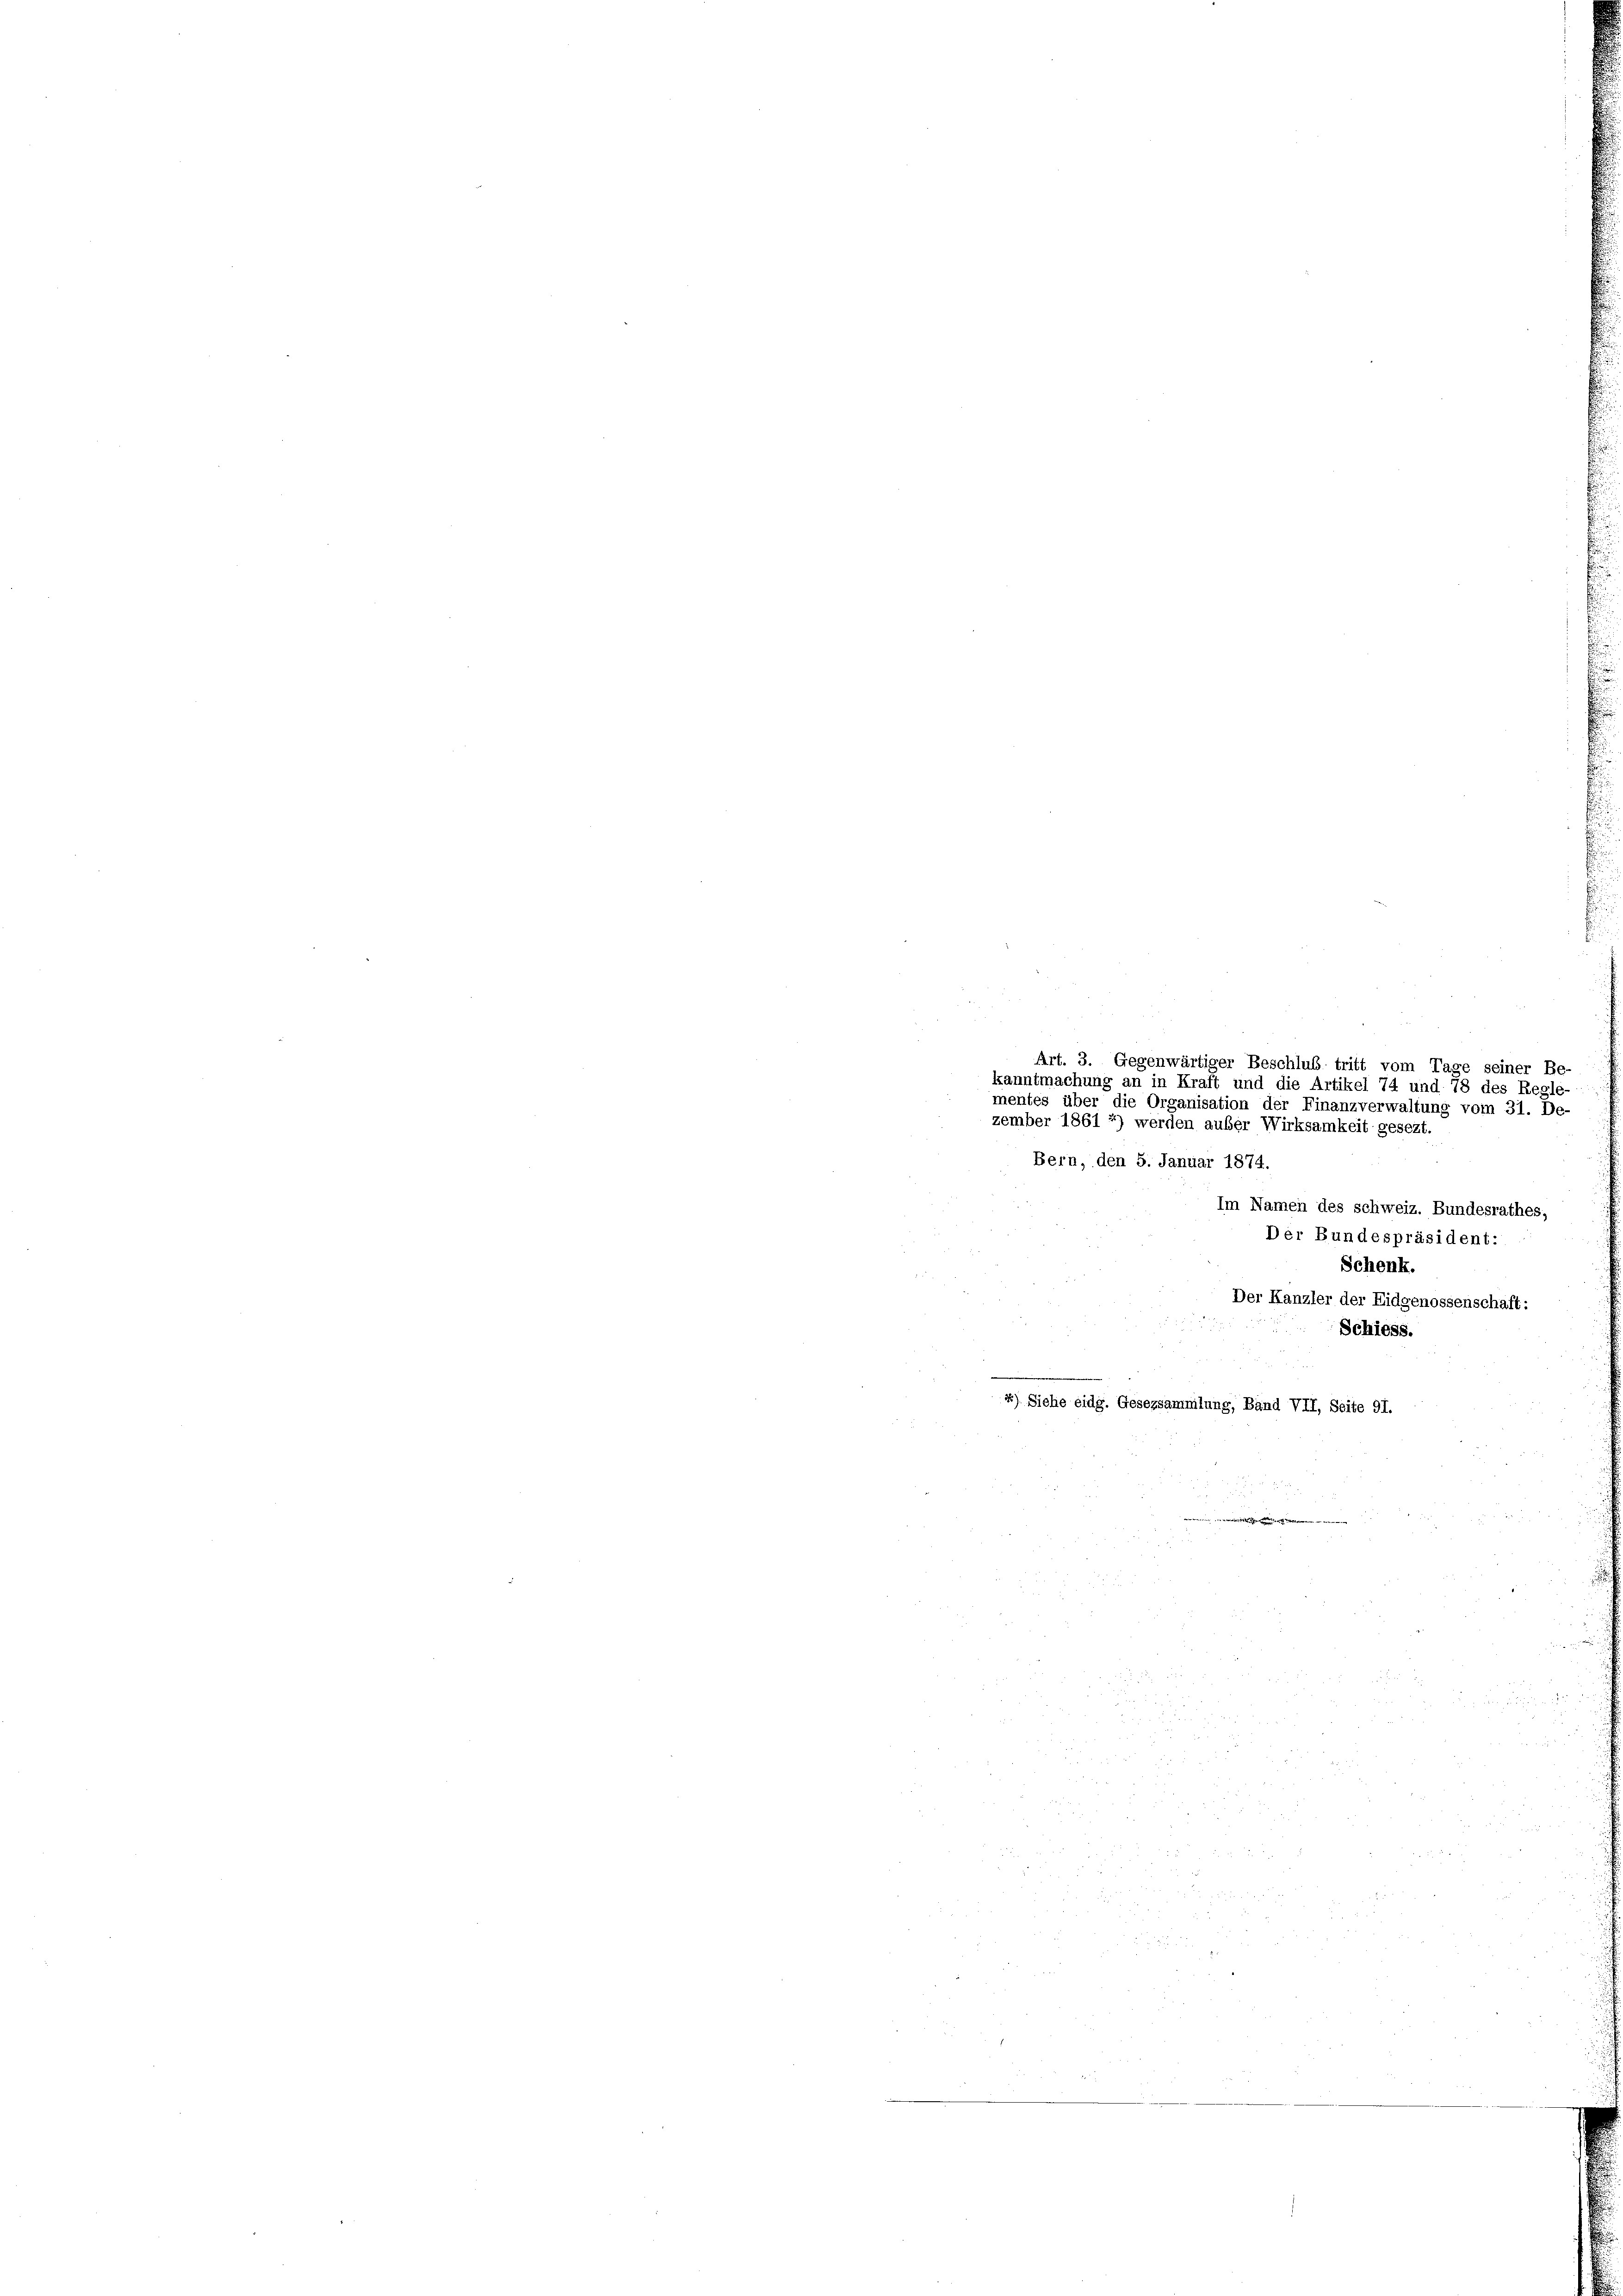
Art. 3. Gegenwärtiger Beschluß tritt vom Tage seiner Be-
kanntmachung an in Kraft und die Artikel 74 und 78 des Regle-
mentes über die Organisation der Finanzverwaltung vom 31. De-
zember 1861 *) werden außer Wirksamkeit gesezt.
Bern, den 5. Januar 1874.
Im Namen des schweiz. Bundesrathes,
Der Bundespräsident:
Schenk.
e
Der Kanzler der Eidgenossenschaft:
Schiess.
*) Siehe eidg. Gesezsammlung, Band VII, Seite 91.